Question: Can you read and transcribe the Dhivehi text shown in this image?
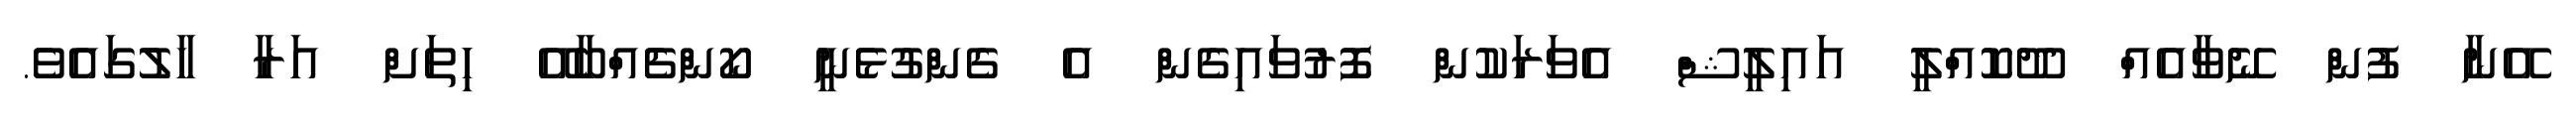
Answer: އޭނާ ފުން ނޭވާއެއް ދޫކޮއްލީ އައިލީޝް އެވަރަކުން ފޮރުވައިގެން އެ ގެންގުޅެނީ ކޯންޗެއްބާއޭ ހިތަށް އަރާ ހާލުގައެވެ.